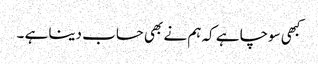
کبھی سوچا ہے کہ ہم نے بھی حساب دینا ہے ۔